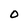
Character: O